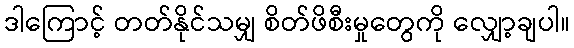
ဒါကြောင့် တတ်နိုင်သမျှ စိတ်ဖိစီးမှုတွေကို လျှော့ချပါ။